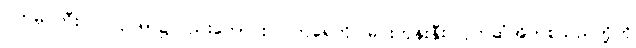
ဝက်မှင်ဘီး ပြုလုပ်ရာ၌လည်းကောင်း၊ ဝက်ရေကို မြင်းကုန်းနှီး၊ ပိုက်ဆံအိတ်စသည်တို့ကို